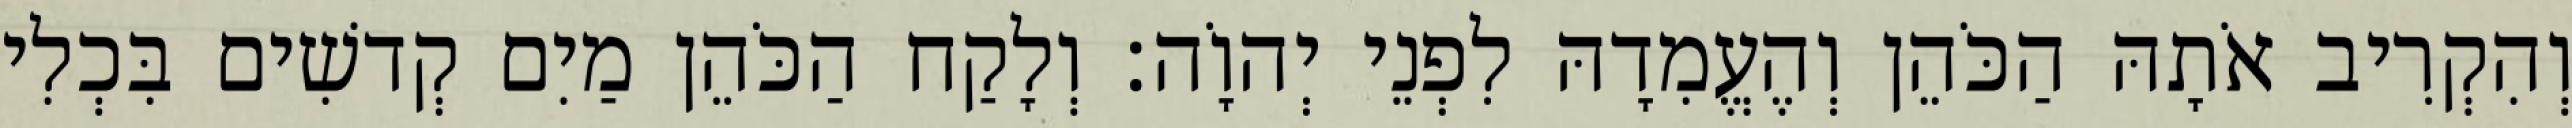
וְהִקְרִיב אֹתָהּ הַכֹּהֵן וְהֶעֱמִדָהּ לִפְנֵי יְהוָֹה׃ וְלָקַח הַכֹּהֵן מַיִם קְדשִׁים בִּכְלִי